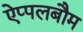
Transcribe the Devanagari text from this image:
ऐप्पलबौम